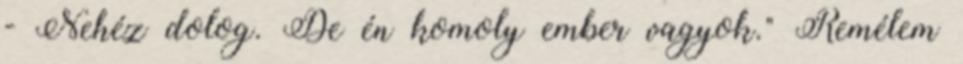
- Nehéz dolog. De én komoly ember vagyok." Remélem